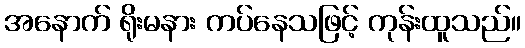
အနောက် ရိုးမနား ကပ်နေသဖြင့် ကုန်းထူသည်။